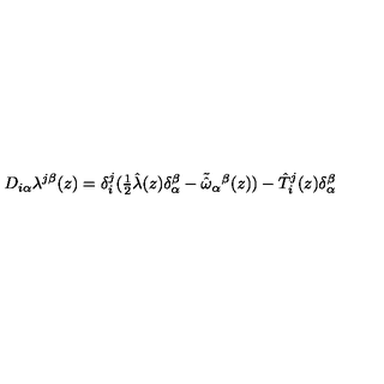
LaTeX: D _ { i \alpha } \lambda ^ { j \beta } ( z ) = \delta _ { i } ^ { j } ( \textstyle { \frac { 1 } { 2 } } \hat { \lambda } ( z ) \delta _ { \alpha } ^ { \beta } - \tilde { \hat { \omega } } _ { \alpha } { } ^ { \beta } ( z ) ) - \hat { T } _ { i } ^ { j } ( z ) \delta _ { \alpha } ^ { \beta }